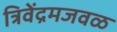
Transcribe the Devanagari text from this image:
त्रिवेंद्रमजवळ